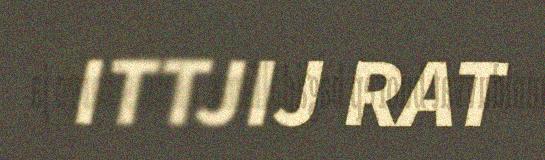
ITTJIJ RAT